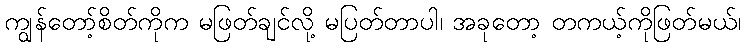
ကျွန်တော့်စိတ်ကိုက မဖြတ်ချင်လို့ မပြတ်တာပါ၊ အခုတော့ တကယ့်ကိုဖြတ်မယ်၊